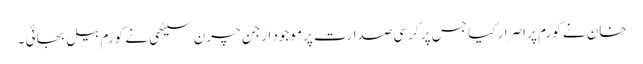
خان نے کورم پر اصرار کیا جس پر کرسی صدارت پر موجود ارجن چرن سیٹھی نے کورم بیل بجائی ۔